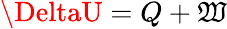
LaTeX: \DeltaU=Q+\mathfrak{W}